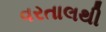
વરતાલથી